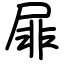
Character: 屝